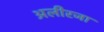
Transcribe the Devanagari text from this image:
अलीरजा